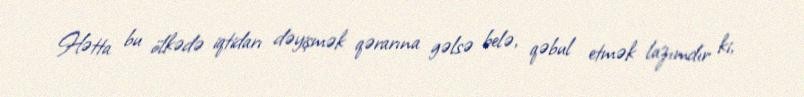
Hətta bu ölkədə iqtidarı dəyişmək qərarına gəlsə belə, qəbul etmək lazımdır ki,